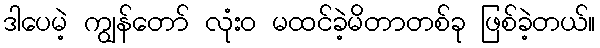
ဒါပေမဲ့ ကျွန်တော် လုံးဝ မထင်ခဲ့မိတာတစ်ခု ဖြစ်ခဲ့တယ်။